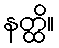
နတ္ထိ။